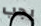
يجب